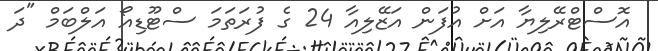
އޮސްޓްރޭލިޔާ އަށް އުފަން އަޒޭލިއާ 24 ގެ ފުރަތަމަ ސްޓޫޑިއޯ އަލްބަމް "ދަ